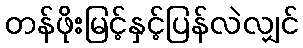
တန်ဖိုးမြင့်နှင့်ပြန်လဲလျှင်